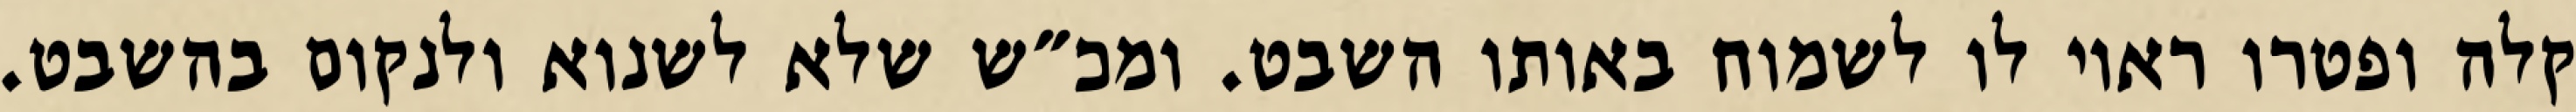
קלה ופטרו ראוי לו לשמוח באותו השבט. ומכ״ש שלא לשנוא ולנקום בהשבט.